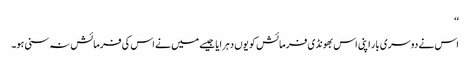
‘‘
اس نے دوسری بار اپنی اس بھونڈی فرمائش کو یوں دہرایا جیسے میں نے اس کی فرمائش نہ سنی ہو۔